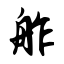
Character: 舴